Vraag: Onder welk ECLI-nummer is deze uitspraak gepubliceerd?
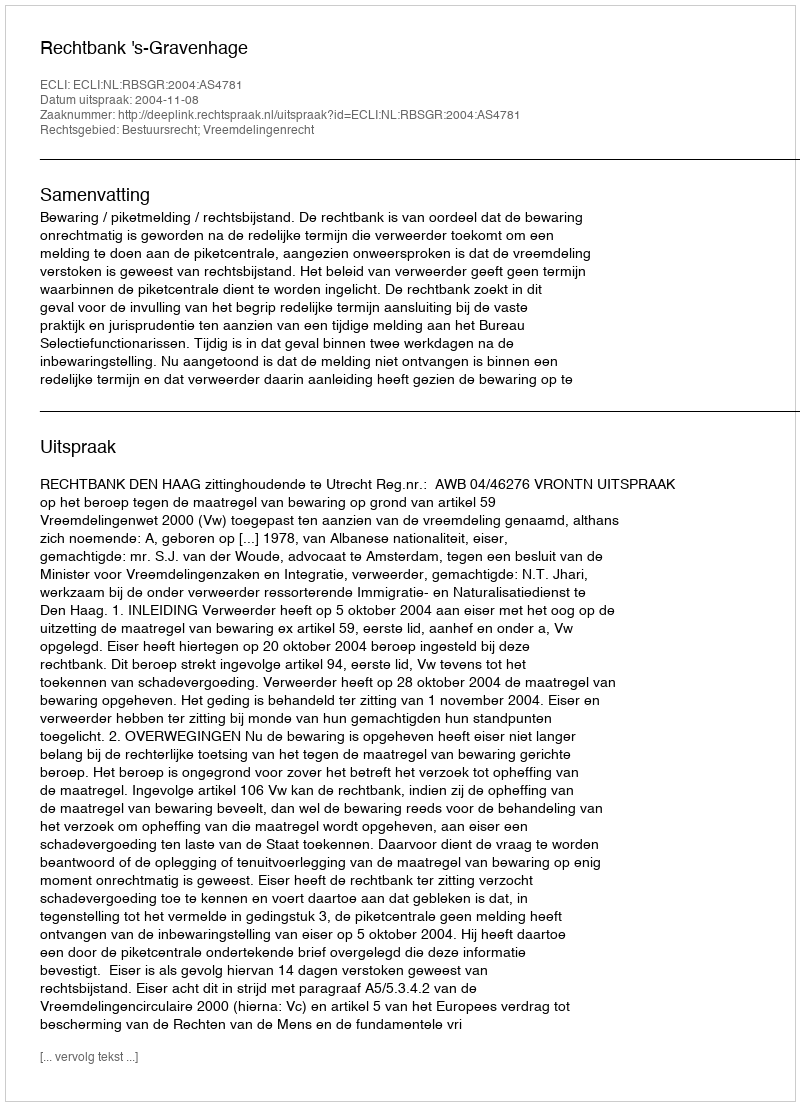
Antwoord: ECLI:NL:RBSGR:2004:AS4781